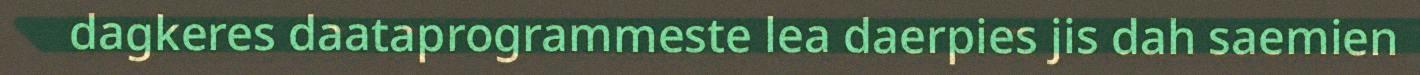
dagkeres daataprogrammeste lea daerpies jis dah saemien